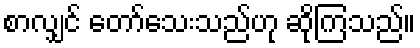
စာလျှင် တော်သေးသည်ဟု ဆိုကြသည်။